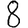
Digit: 8